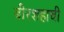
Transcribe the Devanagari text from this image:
बीरशहाची